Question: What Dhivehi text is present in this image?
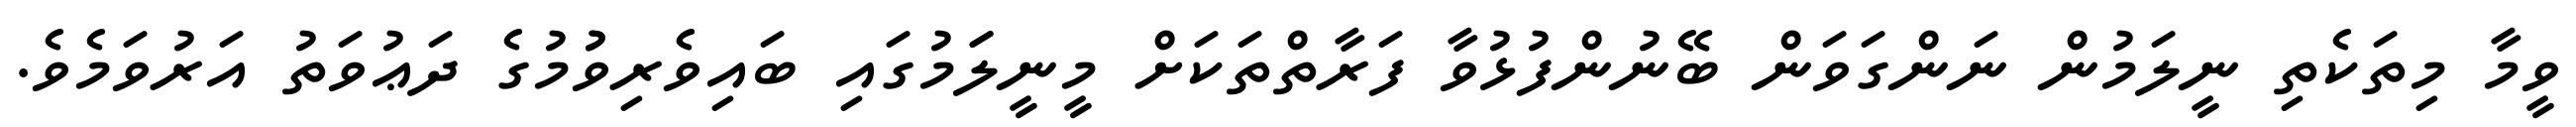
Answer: ވީމާ މިތަކެތި ނީލަމުން ނަންގަވަން ބޭނުންފުޅުވާ ފަރާތްތަކަށް މީނީލަަމުގައި ބައިވެރިވުުމުގެ ދަޢުވަތު އަރުވަމެވެ.